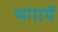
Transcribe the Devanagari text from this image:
भगायें